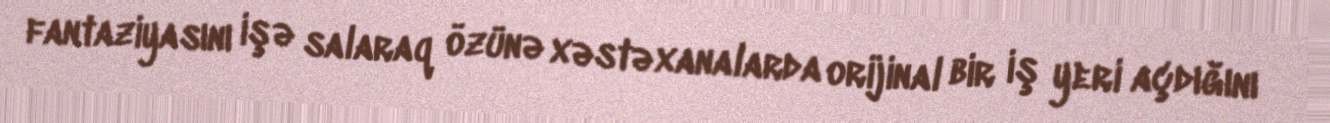
fantaziyasını işə salaraq özünə xəstəxanalarda orijinal bir iş yeri açdığını